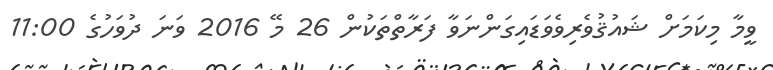
ވީމާ މިކަމަށް ޝައުޤުވެރިވެވަޑައިގަންނަވާ ފަރާތްތަކުން 26 މޭ 2016 ވަނަ ދުވަހުގެ 11:00